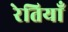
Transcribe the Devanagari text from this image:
रेतियाँ